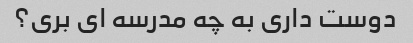
دوست داری به چه مدرسه ای بری؟